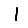
Digit: 1